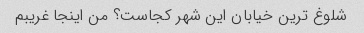
شلوغ ترین خیابان این شهر کجاست؟ من اینجا غریبم